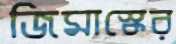
জিমাস্কের